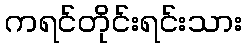
ကရင်တိုင်းရင်းသား